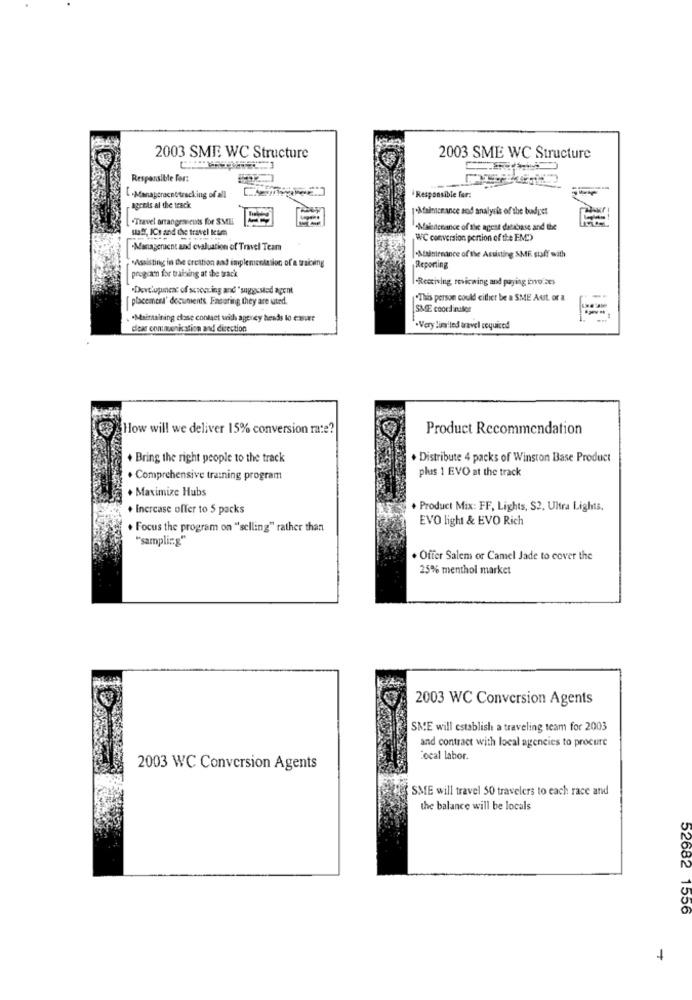
2003 SME WC Structure
2003 SME WC Structure
Responsible for:
L .Manageracnetracking of all
Responsible for:
agents al the track
.Afainiceance and analysis of the budget
Travel arrangements for SME
staff, ICs and the travel Icam
Maletenance of thee agest database and the
WC conversion pertion of the END)
-Manageruent and evaluation of Travel Team
·Assisting in the creation and implementation of a training
-Maintenance of the Assisting SMR staff with
Reporting
progcaen for trading at the track
-Receiving, reviewing and paying invo.zes
·Development of scouring and "suggested agent
[placement' documents Easaring they are uted.
"This person could either be a SME Aust. or a
SME coordinator
. "Maintaining close contact with agency heads lo casut
dear connuonk stion and direction
.Very limited travel required
How will we deliver 15% conversion rate?
Product Recommendation
+ Bring the right people to the track
. Distribute 4 packs of Winston Base Product
plus 1 EVO at the track
. Comprehensive training program
. Maximize Hubs
+ Increase offer to 5 packs
. Product Mix: FF, Lights, S2, Ultra Lights.
EVO light & EVO Rich
. Focus the program on "selling" rather than
"sampling"
. Offer Salem or Camel Jade to cover the
25% menthol market
2003 WC Conversion Agents
SME will establish a traveling team for 2003
and contract with local agencies to procure
Local labor.
2003 WC Conversion Agents
SME will travel 50 travelers to each race and
the balance will be locals
52682 1556